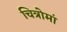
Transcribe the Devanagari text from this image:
चित्रोमां